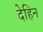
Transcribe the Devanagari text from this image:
देहिन